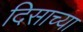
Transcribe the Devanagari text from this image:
दिसाच्या